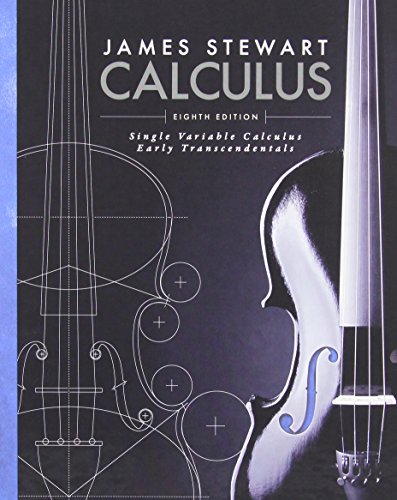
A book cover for Single Variable Calculus: Early Transcendentals; James Stewart; Science & Math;